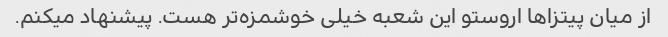
از میان پیتزاها اروستو این شعبه خیلی خوشمزه‌تر هست. پیشنهاد میکنم.